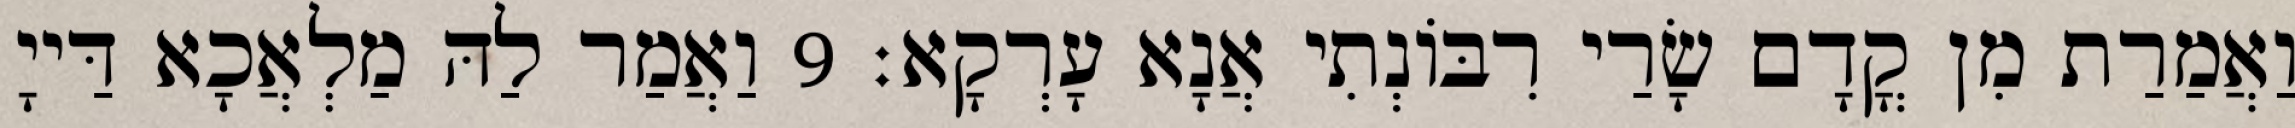
וַאֲמַרַת מִן קֳדָם שָׂרַי רִבּוֹנְתִי אֲנָא עָרְקָא׃ 9 וַאֲמַר לַהּ מַלְאֲכָא דַּייָ